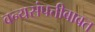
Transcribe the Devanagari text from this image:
वन्यसंपत्तीबाबत